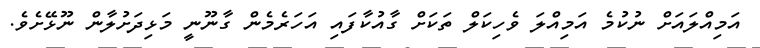
އަމިއްލައަށް ނުކުމެ އަމިއްލަ ވެހިކަލް ތަކަށް ގާއުކާފައި އަހަރެމެން ގާނޫނީ މަޅިދަށުލާން ނޫޅޭށެވެ.